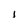
Character: i